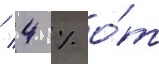
/ 4 % о́т